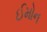
ઈમોન